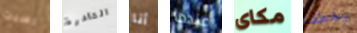
رسبت القادرة أنا عندما مكاى يخطف